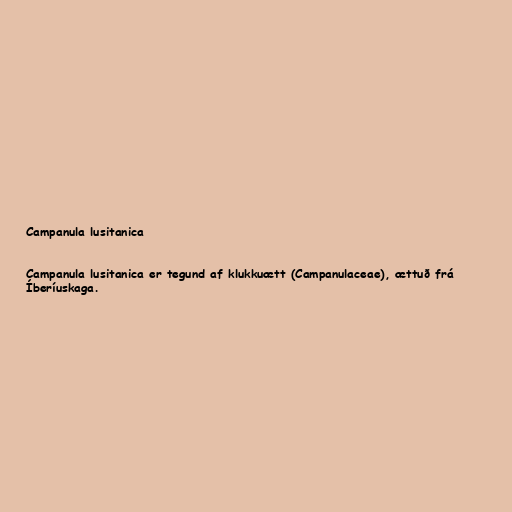
Campanula lusitanica

Campanula lusitanica er tegund af klukkuætt (Campanulaceae), ættuð frá
Íberíuskaga.